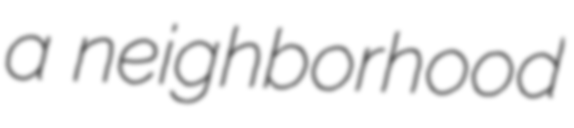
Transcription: a neighborhood